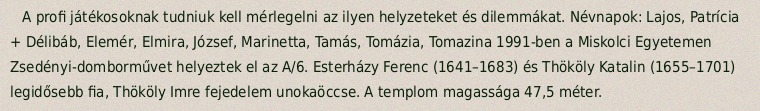
A profi játékosoknak tudniuk kell mérlegelni az ilyen helyzeteket és dilemmákat. Névnapok: Lajos, Patrícia + Délibáb, Elemér, Elmira, József, Marinetta, Tamás, Tomázia, Tomazina 1991-ben a Miskolci Egyetemen Zsedényi-domborművet helyeztek el az A/6. Esterházy Ferenc (1641–1683) és Thököly Katalin (1655–1701) legidősebb fia, Thököly Imre fejedelem unokaöccse. A templom magassága 47,5 méter.